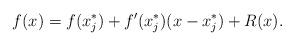
LaTeX: \begin{align*} f(x)&=f(x_j^*)+f'(x_j^*)(x-x_j^*)+R(x).\end{align*}